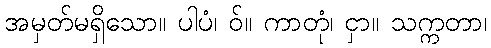
အမှတ်မရှိသော။ ပါပံ၊ ဝ်။ ကာတုံ၊ ငှာ။ သက္ကတာ၊